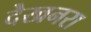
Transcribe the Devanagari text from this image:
देखनरा